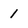
Character: 1